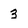
Character: 3